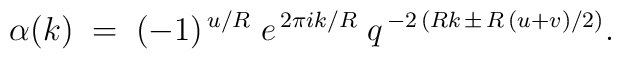
\alpha (k) \; = \; (-1)^{\, u/R}\; e^{\, 2 \pi i k/R}\; q^{\, -2\, (R k \,\pm\, R\, (u+v)/2)}  .